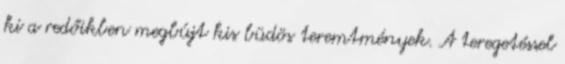
ki a redőikben megbújt kis büdös teremtmények. A teregetéssel